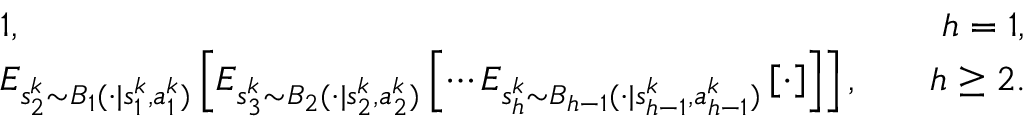
\begin{array} { r l r } & { 1 , \quad } & { h = 1 , } \\ & { E _ { s _ { 2 } ^ { k } \sim B _ { 1 } ( \cdot \vert s _ { 1 } ^ { k } , a _ { 1 } ^ { k } ) } \left[ E _ { s _ { 3 } ^ { k } \sim B _ { 2 } ( \cdot \vert s _ { 2 } ^ { k } , a _ { 2 } ^ { k } ) } \left[ \cdots E _ { s _ { h } ^ { k } \sim B _ { h - 1 } ( \cdot \vert s _ { h - 1 } ^ { k } , a _ { h - 1 } ^ { k } ) } \left[ \cdot \right] \right] \right] , \quad } & { h \geq 2 . } \end{array}